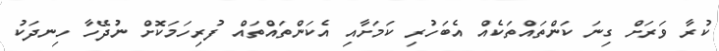
ކުރާ ވަރަށް ގިނަ ކަންތައްތަކެއް އެބަހުރި ކަމަށާއި އެކަންތައްތައް ފުރިހަމަކޮށް ނުދޭހާ ހިނދަކު